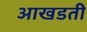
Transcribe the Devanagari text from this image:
आखडती